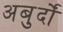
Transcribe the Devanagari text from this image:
अबुर्दों